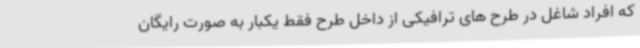
که افراد شاغل در طرح های ترافیکی از داخل طرح فقط یکبار به صورت رایگان